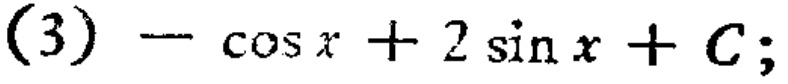
(3) \(-\cos x + 2\sin x + C;\)